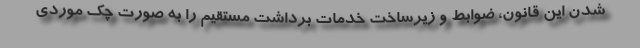
شدن این قانون، ضوابط و زیرساخت خدمات برداشت مستقیم را به صورت چک موردی